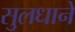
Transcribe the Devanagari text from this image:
सुलधाने